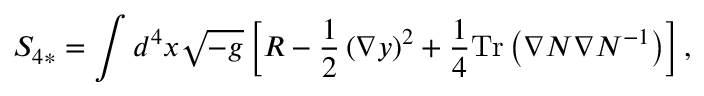
S _ { 4 * } = \int d ^ { 4 } x \sqrt { - g } \left[ R - \frac { 1 } { 2 } \left( \nabla y \right) ^ { 2 } + \frac { 1 } { 4 } \mathrm { T r } \left( \nabla N \nabla N ^ { - 1 } \right) \right] ,